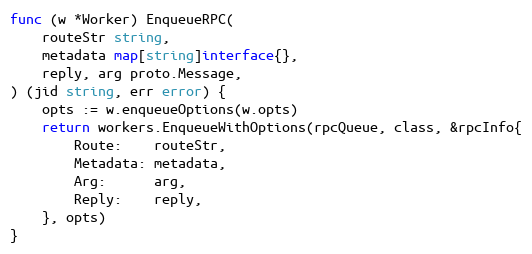
Language: Go
func (w *Worker) EnqueueRPC(
	routeStr string,
	metadata map[string]interface{},
	reply, arg proto.Message,
) (jid string, err error) {
	opts := w.enqueueOptions(w.opts)
	return workers.EnqueueWithOptions(rpcQueue, class, &rpcInfo{
		Route:    routeStr,
		Metadata: metadata,
		Arg:      arg,
		Reply:    reply,
	}, opts)
}